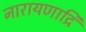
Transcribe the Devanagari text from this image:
नारायणाद्रि